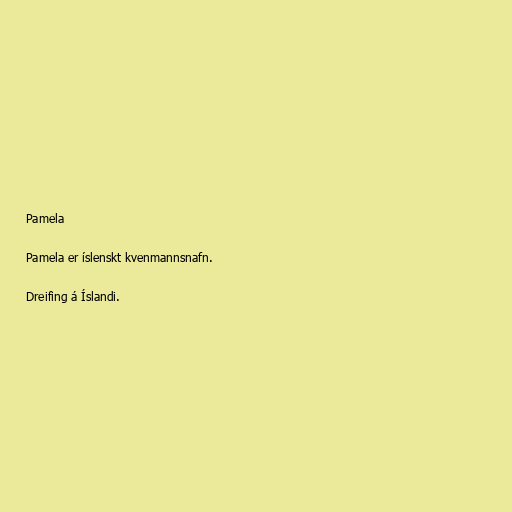
Pamela

Pamela er íslenskt kvenmannsnafn.

Dreifing á Íslandi.